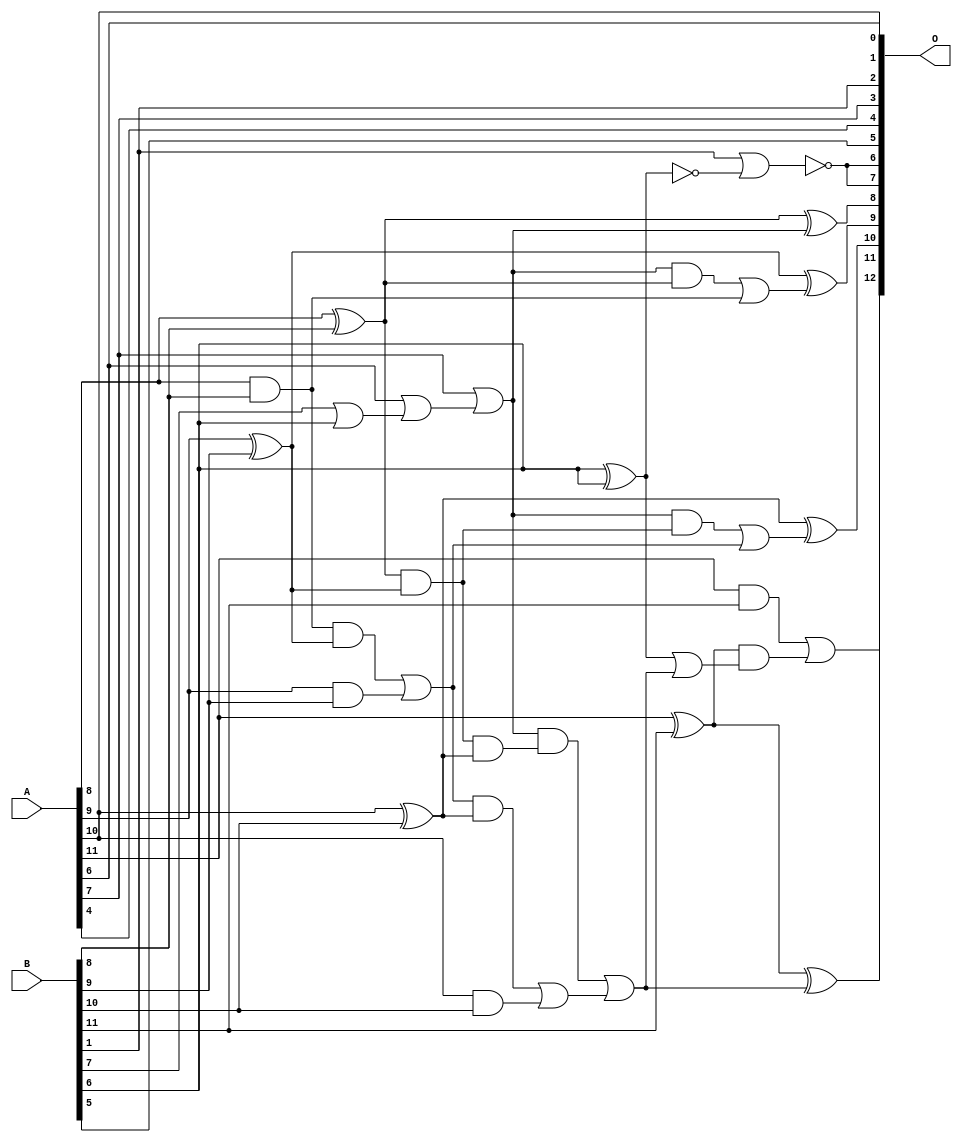
/***
* This code is a part of EvoApproxLib library (ehw.fit.vutbr.cz/approxlib) distributed under The MIT License.
* When used, please cite the following article(s): PRABAKARAN B. S., MRAZEK V., VASICEK Z., SEKANINA L., SHAFIQUE M. ApproxFPGAs: Embracing ASIC-based Approximate Arithmetic Components for FPGA-Based Systems. DAC 2020. 
***/
// MAE% = 0.91 %
// MAE = 75 
// WCE% = 2.40 %
// WCE = 197 
// WCRE% = 303.12 %
// EP% = 99.61 %
// MRE% = 2.53 %
// MSE = 8172 
// FPGA_POWER = 0.31
// FPGA_DELAY = 7.5
// FPGA_LUT = 5.0

module add12u_1DY(A, B, O);
  input [11:0] A, B;
  output [12:0] O;
  wire n_415, n_406, n_354, n_250, n_410, n_350, n_310, n_232, n_419, n_237;
  wire n_193, n_23, n_22, n_21, n_20, n_27, n_40, n_25, n_402, n_80;
  wire n_84, n_202, n_245, n_102, n_106, n_241, n_363, n_228, n_8, n_9;
  wire n_115, n_4, n_5, n_6, n_7, n_0, n_1, n_2, n_3, n_358;
  wire n_18, n_19, n_16, n_17, n_14, n_15, n_12, n_13, n_10, n_11;
  wire n_97, n_397, n_110, n_93, n_113, n_293, n_119, n_289, n_124;
  assign n_0 = A[0];
  assign n_1 = A[1];
  assign n_2 = A[2];
  assign n_3 = A[3];
  assign n_4 = A[4];
  assign n_5 = A[5];
  assign n_6 = A[6];
  assign n_7 = A[7];
  assign n_8 = A[8];
  assign n_9 = A[9];
  assign n_10 = A[10];
  assign n_11 = A[11];
  assign n_12 = B[0];
  assign n_13 = B[1];
  assign n_14 = B[2];
  assign n_15 = B[3];
  assign n_16 = B[4];
  assign n_17 = B[5];
  assign n_18 = B[6];
  assign n_19 = B[7];
  assign n_20 = B[8];
  assign n_21 = B[9];
  assign n_22 = B[10];
  assign n_23 = B[11];
  assign n_25 = ~(n_18 ^ n_18);
  assign n_27 = ~(n_13 | n_25);
  assign n_40 = n_19 | n_18;
  assign n_80 = n_6 | n_40;
  assign n_84 = ~n_25;
  assign n_93 = n_8 ^ n_20;
  assign n_97 = n_8 & n_20;
  assign n_102 = n_9 ^ n_21;
  assign n_106 = n_9 & n_21;
  assign n_110 = n_10 ^ n_22;
  assign n_113 = n_27;
  assign n_115 = n_10 & n_22;
  assign n_119 = n_11 ^ n_23;
  assign n_124 = n_11 & n_23;
  assign n_193 = n_7 | n_80;
  assign n_202 = n_193;
  assign n_228 = n_97 & n_102;
  assign n_232 = n_228 | n_106;
  assign n_237 = n_232 & n_110;
  assign n_241 = n_237 | n_115;
  assign n_245 = n_93 & n_102;
  assign n_250 = n_245 & n_110;
  assign n_289 = n_202 & n_250;
  assign n_293 = n_289 | n_241;
  assign n_310 = n_84 | n_293;
  assign n_350 = n_193 & n_93;
  assign n_354 = n_350 | n_97;
  assign n_358 = n_202 & n_245;
  assign n_363 = n_358 | n_232;
  assign n_397 = n_93 ^ n_202;
  assign n_402 = n_102 ^ n_354;
  assign n_406 = n_110 ^ n_363;
  assign n_410 = n_119 ^ n_293;
  assign n_415 = n_119 & n_310;
  assign n_419 = n_124 | n_415;
  assign O[0] = n_10;
  assign O[1] = n_6;
  assign O[2] = n_13;
  assign O[3] = n_7;
  assign O[4] = n_4;
  assign O[5] = n_17;
  assign O[6] = n_113;
  assign O[7] = n_113;
  assign O[8] = n_397;
  assign O[9] = n_402;
  assign O[10] = n_406;
  assign O[11] = n_410;
  assign O[12] = n_419;
endmodule